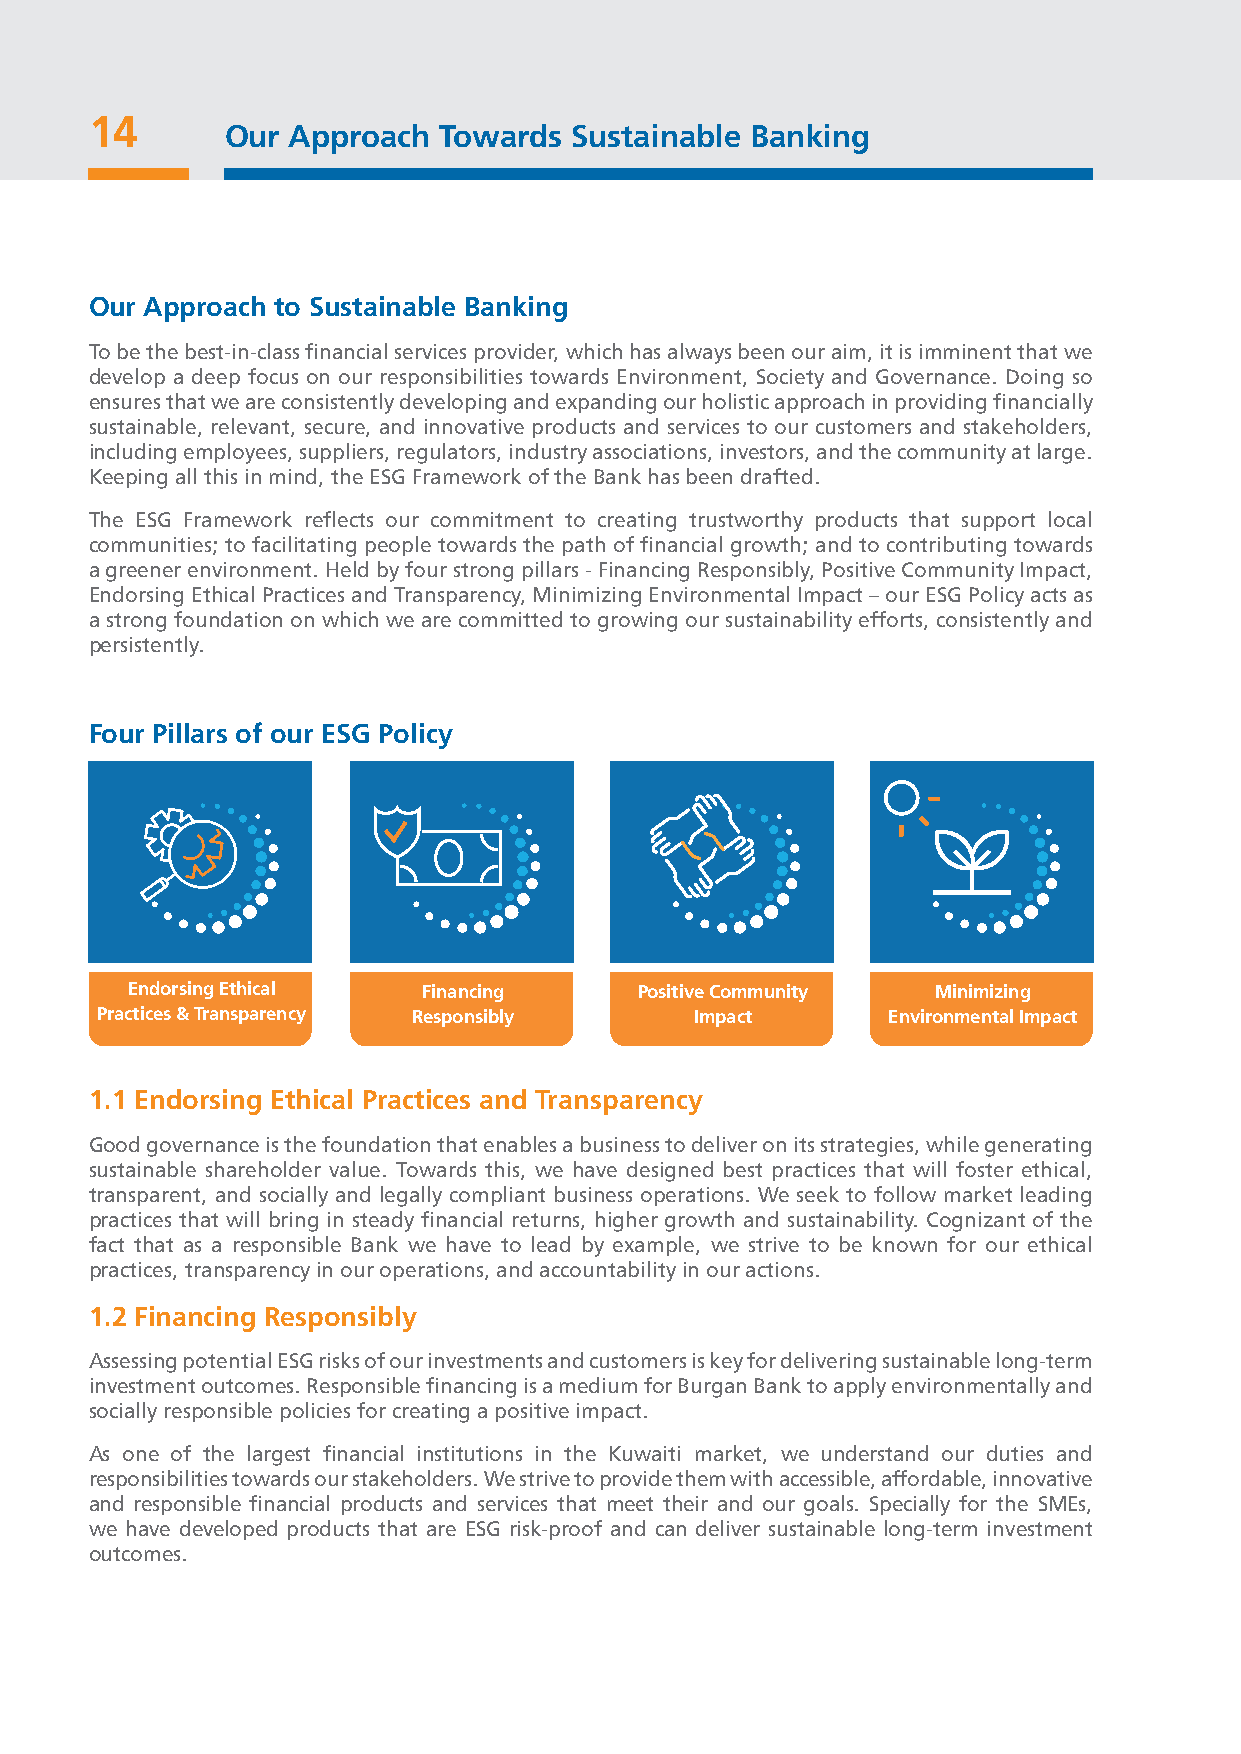
14
 Our Approach  Towards  Sustainable Banking
 Our Approach to Sustainable Banking
 To be the best-in-class financial services provider, which has always been our aim, it is imminent that we
 develop a deep focus on our responsibilities towards Environment, Society and Governance. Doing so
 ensures that we are consistently developing and expanding our holistic approach in providing financially
 sustainable, relevant, secure, and innovative products and services to our customers and stakeholders,
 including employees, suppliers, regulators, industry associations, investors, and the community at large.
 Keeping all this in mind, the ESG Framework of the Bank has been drafted.
 The ESG Framework reflects our commitment to creating trustworthy products that support local
 communities; to facilitating people towards the path of financial growth; and to contributing towards
 a greener environment. Held by four strong pillars - Financing Responsibly, Positive Community Impact,
 Endorsing Ethical Practices and Transparency, Minimizing Environmental Impact – our ESG Policy acts as
 a strong foundation on which we are committed to growing our sustainability efforts, consistently and
 persistently.
 Four Pillars of our ESG Policy
 Endorsing Ethical   Financing     Positive Community  Minimizing
 Practices & Transparency Responsibly    Impact       Environmental Impact
 1.1 Endorsing Ethical Practices and Transparency
 Good governance is the foundation that enables a business to deliver on its strategies, while generating
 sustainable shareholder value. Towards this, we have designed best practices that will foster ethical,
 transparent, and socially and legally compliant business operations. We seek to follow market leading
 practices that will bring in steady financial returns, higher growth and sustainability. Cognizant of the
 fact that as a responsible Bank we have to lead by example, we strive to be known for our ethical
 practices, transparency in our operations, and accountability in our actions.
 1.2 Financing Responsibly
 Assessing potential ESG risks of our investments and customers is key for delivering sustainable long-term
 investment outcomes. Responsible financing is a medium for Burgan Bank to apply environmentally and
 socially responsible policies for creating a positive impact.
 As one of the largest financial institutions in the Kuwaiti market, we understand our duties and
 responsibilities towards our stakeholders. We strive to provide them with accessible, affordable, innovative
 and responsible financial products and services that meet their and our goals. Specially for the SMEs,
 we have developed products that are ESG risk-proof and can deliver sustainable long-term investment
 outcomes.